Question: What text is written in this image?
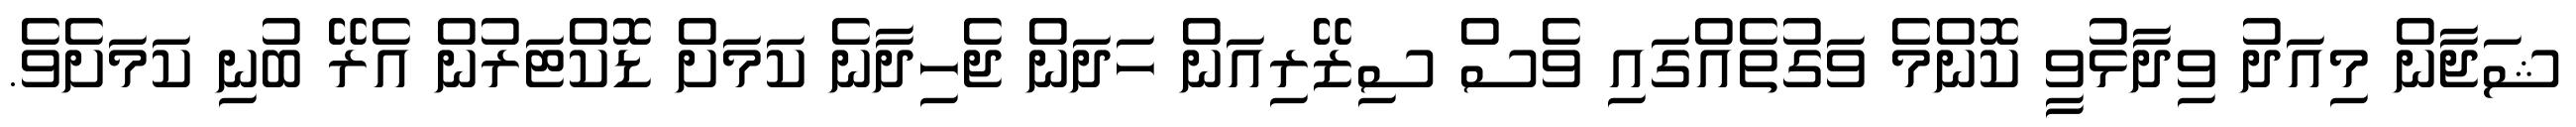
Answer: ޝަޖާން މިއަދު ވިދާޅުވީ ކޮންމެ ވަގުތެއްގައި ވެސް ސިޒޭރިއަން ހަދަން ޖެހިދާނެ ކަމަށް ޑޮކްޓަރުން އެރޭ ބުނި ކަމަށެވެ.